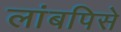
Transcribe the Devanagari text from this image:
लांबपिसे